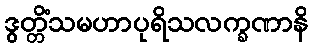
ဒွတ္တိံသမဟာပုရိသလက္ခဏာနိ